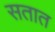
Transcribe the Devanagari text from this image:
सतात